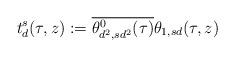
LaTeX: \begin{align*}t^s_{d}(\tau,z):=\overline{\theta_{d^2,sd^2}^0(\tau)}\theta_{1,sd}(\tau,z)\end{align*}